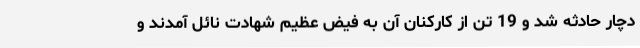
دچار حادثه شد و 19 تن از کارکنان آن به فیض عظیم شهادت نائل آمدند و